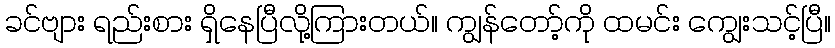
ခင်ဗျား ရည်းစား ရှိနေပြီလို့ကြားတယ်။ ကျွန်တော့်ကို ထမင်း ကျွေးသင့်ပြီ။